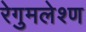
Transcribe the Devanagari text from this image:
रेगुमलेश्ण